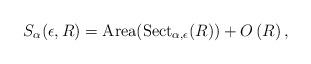
LaTeX: \begin{align*}S_{\alpha}(\epsilon,R) = \textnormal{Area}(\textnormal{Sect}_{\alpha, \epsilon}(R))+O\left(R\right),\end{align*}